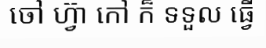
ចៅ ហ្វ៊ា កៅ ក៏ ទទួល ធ្វើ